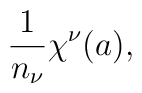
{1 \over n_{\nu}} \chi^{\nu} (a) ,